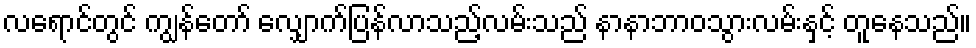
လရောင်တွင် ကျွန်တော် လျှောက်ပြန်လာသည့်လမ်းသည် နာနာဘာဝသွားလမ်းနှင့် တူနေသည်။